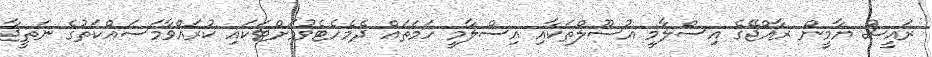
ރައީސް ޔާމީން ރާއްޖޭގެ އިސްލާމީ އުސޫލްތަކާއި އިސްލާމީ ހަމަތައް ދެމެހެޓެވުމަށްޓަކައި ކުރައްވާމަސައްކަތުގެ ނަތީޖާ